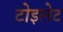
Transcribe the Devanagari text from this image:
टोइलेट